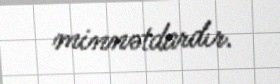
minnətdardır.